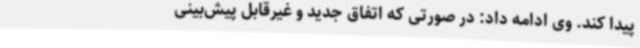
پیدا کند. وی ادامه داد: در صورتی که اتفاق جدید و غیرقابل پیش‌بینی